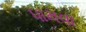
પામવા